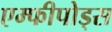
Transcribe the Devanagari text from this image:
एम्फीपोड्स